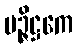
မဉ္ဇိဋ္ဌကေ